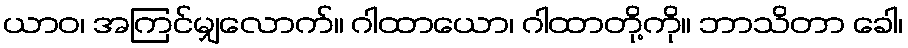
ယာဝ၊ အကြင်မျှလောက်။ ဂါထာယော၊ ဂါထာတို့ကို။ ဘာသိတာ ခေါ၊